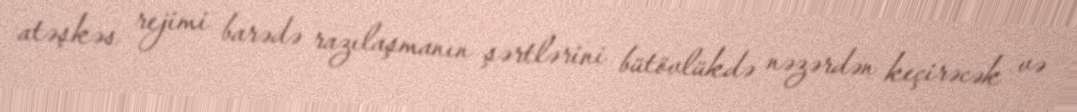
atəşkəs rejimi barədə razılaşmanın şərtlərini bütövlükdə nəzərdən keçirəcək və